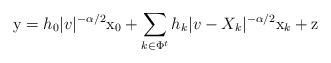
LaTeX: \begin{align*}\mathrm{y}=h_{0}|v|^{-\alpha/2}\mathrm{x}_0+\sum_{k\in\Phi^t}h_{k}|v-X_k|^{-\alpha/2}\mathrm{x}_k+\mathrm{z}\end{align*}